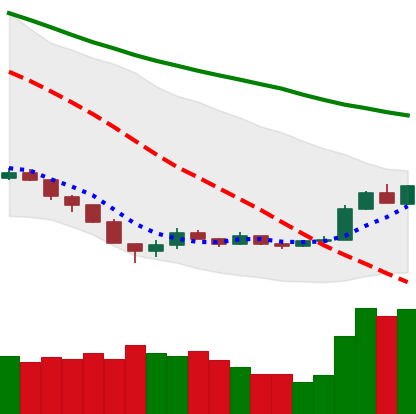
Ticker: EOS-USD
Chart end date: 2018-12-20
Forward return: -8.423%
Label: down_7plus